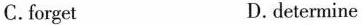
C.forget D.determine